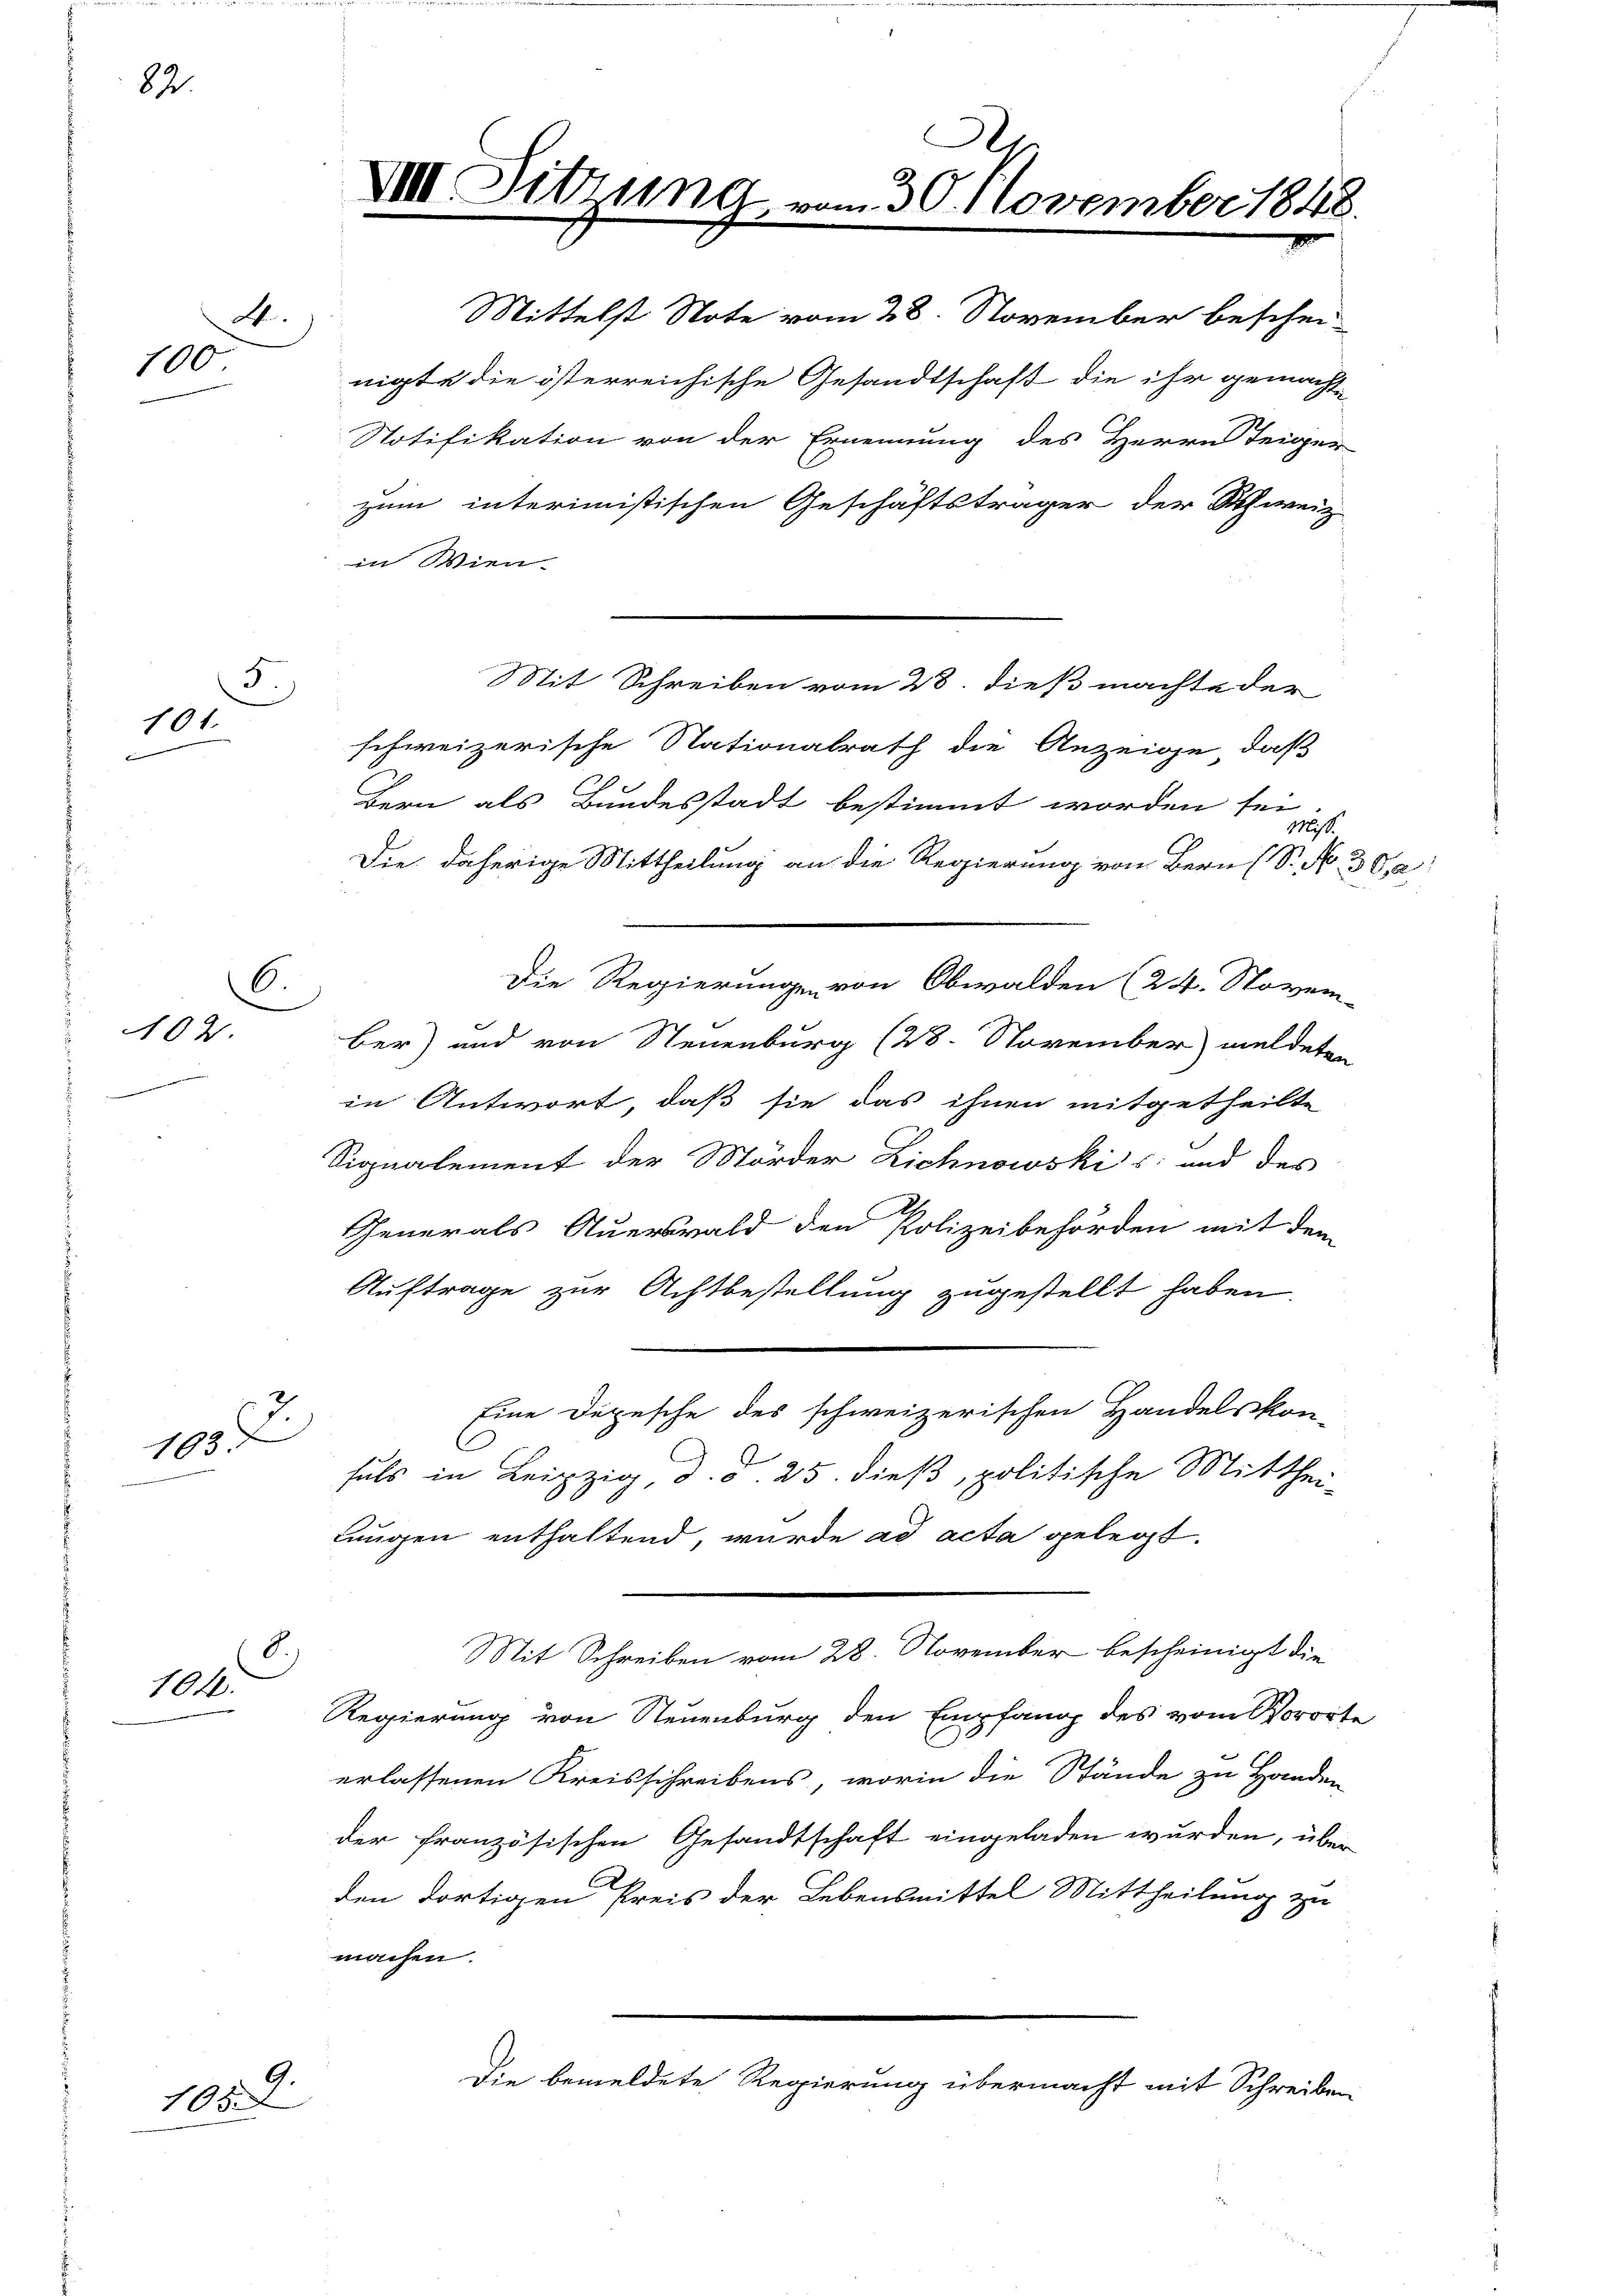
82.

4.
100

5
101.

6.
102.

195.

8.)
104.

1059.

2. Sitzung vom 30. November 1848.

Mittelst Note vom 28. November beschei-
nigte die österreichische Gesandtschaft die ihr gemacht
zum interimistischen Geschäftsträger der Schweiz.
in Wien.
schweizerische Nationalrath die Anzeige, daß
Bern als Bundesstadt bestimmt worden sei
Miß.
Die daherige Mittheilung an die Regierung von Bern (S. N
Die Regierungen von Obwalden (24. Novem
ber) und von Steuenburg (28. November meldeten
in Antwort, daß sie das ihnen mitgetheilte
Signalement der Mörder Lichnowskis und des
Generals Auerswald den Polizeibehörden mit dem
Auftrage zur Achtbestellung zugestellt haben.
Eine Depesche des schweizerischen Handelskon-
fuls in Leipzig d. d. 25. dieß, politische Mitthei-
lungen enthaltend, wurde ad acta gelegt.
Mit Schreiben vom 28. November bescheinigt die
Regierung von Neuenburg den Empfang des vom Voror-
erlassenen Kreisschreibens, worin die Stände zu Handen
der französischen Gesandtschaft eingeladen wurden, über
den dortigen Preis der Lebensmittel Mittheilung zu
machen.
Die bemeldete Regierung übermacht mit Schreiben

Notifikation von der Ernennung des Herrn Teiger

Mit Schreiben vom 28. dieß machte der

te
e

Ba